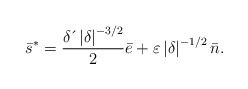
\begin{align*}\bar{s}^{\ast}=\frac{\delta \,\acute{}\, \left \vert \delta \right \vert ^{-3/2}}{2}\bar{e}+\varepsilon \left \vert\delta \right \vert ^{-1/2}\bar{n}. \end{align*}